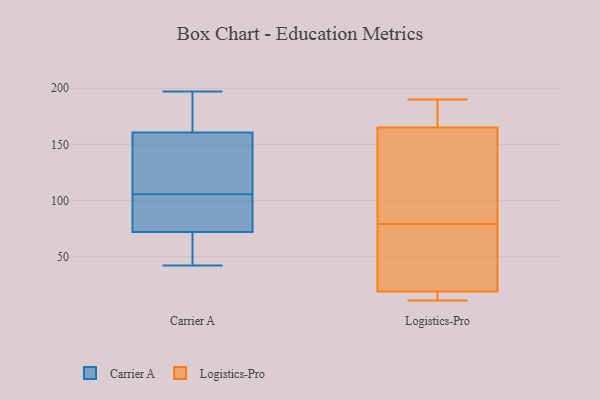
{"axis": {"x": "Humidity (%)", "y": "Value"}, "legend": ["Carrier A", "Logistics-Pro"], "data": [{"x": "", "y": 67, "type": "Carrier A"}, {"x": "", "y": 150, "type": "Carrier A"}, {"x": "", "y": 57, "type": "Carrier A"}, {"x": "", "y": 171, "type": "Carrier A"}, {"x": "", "y": 77, "type": "Carrier A"}, {"x": "", "y": 93, "type": "Carrier A"}, {"x": "", "y": 42, "type": "Carrier A"}, {"x": "", "y": 101, "type": "Carrier A"}, {"x": "", "y": 197, "type": "Carrier A"}, {"x": "", "y": 150, "type": "Carrier A"}, {"x": "", "y": 110, "type": "Carrier A"}, {"x": "", "y": 188, "type": "Carrier A"}, {"x": "", "y": 175, "type": "Logistics-Pro"}, {"x": "", "y": 55, "type": "Logistics-Pro"}, {"x": "", "y": 103, "type": "Logistics-Pro"}, {"x": "", "y": 17, "type": "Logistics-Pro"}, {"x": "", "y": 19, "type": "Logistics-Pro"}, {"x": "", "y": 12, "type": "Logistics-Pro"}, {"x": "", "y": 139, "type": "Logistics-Pro"}, {"x": "", "y": 186, "type": "Logistics-Pro"}, {"x": "", "y": 179, "type": "Logistics-Pro"}, {"x": "", "y": 19, "type": "Logistics-Pro"}, {"x": "", "y": 190, "type": "Logistics-Pro"}, {"x": "", "y": 24, "type": "Logistics-Pro"}, {"x": "", "y": 153, "type": "Logistics-Pro"}, {"x": "", "y": 165, "type": "Logistics-Pro"}, {"x": "", "y": 137, "type": "Logistics-Pro"}, {"x": "", "y": 39, "type": "Logistics-Pro"}, {"x": "", "y": 11, "type": "Logistics-Pro"}, {"x": "", "y": 26, "type": "Logistics-Pro"}]}